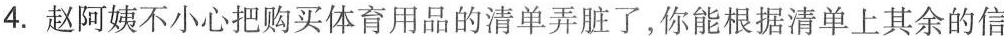
4. 赵阿姨不小心把购买体育用品的清单弄脏了，你能根据清单上其余的信